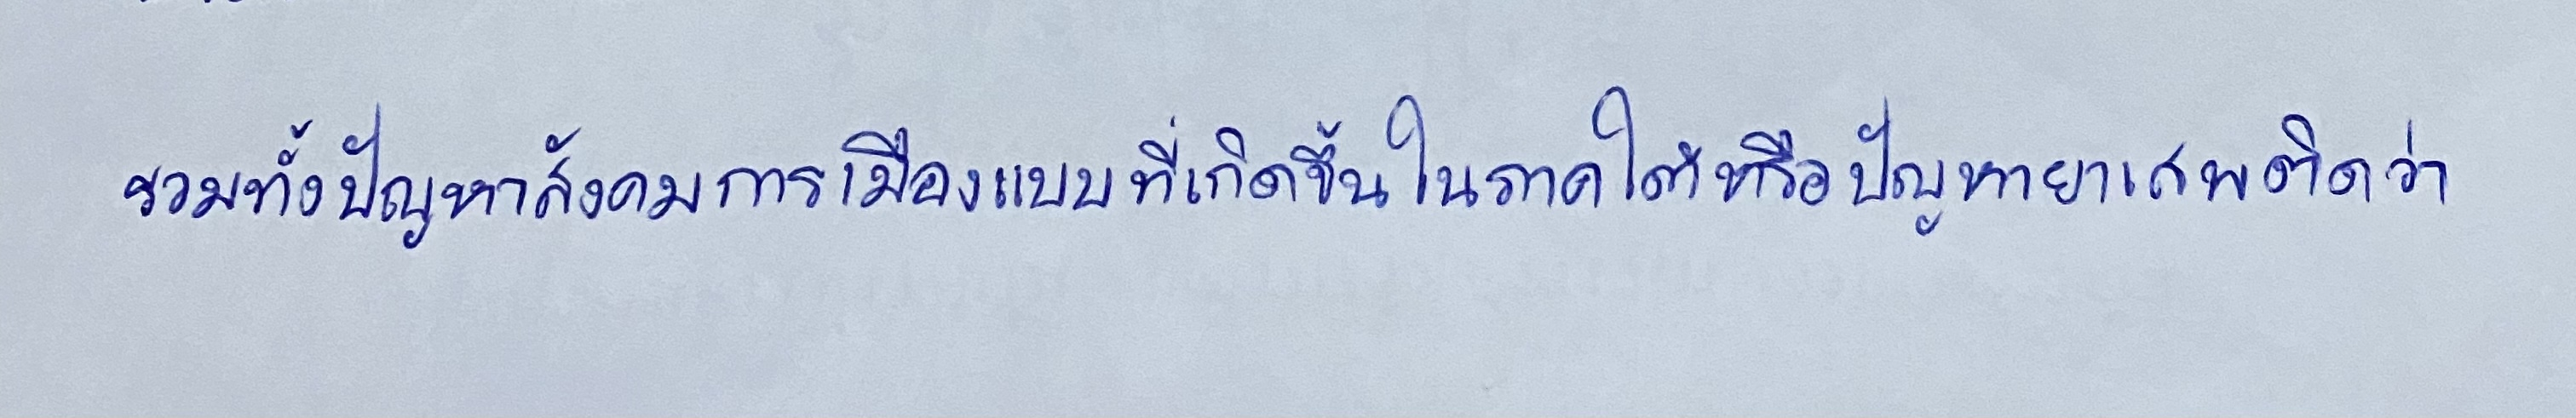
รวมทั้งปัญหาสังคมการเมืองแบบที่เกิดขึ้นในภาคใต้หรือปัญหายาเสพติดว่า